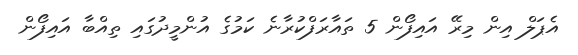
އެޕަލް އިން މިރޭ އައިފޯން 5 ތައާރަފްކުރާނެ ކަމުގެ އުންމީދުގައި ތިއްބާ އައިފޯން